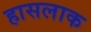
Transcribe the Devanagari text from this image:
हासलाक